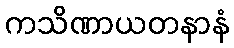
ကသိဏာယတနာနံ